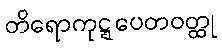
တိရောကုဋ္ဋပေတဝတ္ထု